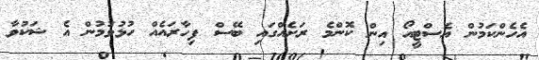
އެހެންކަމުން އެސްޓީއޯ އިން ކޮންމެ ރަށެއްގައި ބޭސް ފިހާރައެއް ހުޅުވުމުން އެ ޝަކުވާ